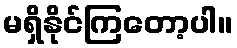
မရှိနိုင်ကြတော့ပါ။